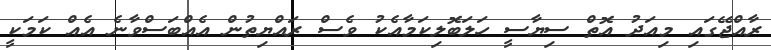
ރާއްޖޭގައި މިއަދު އޮތް ސިޔާސީ ހަލަބޮލިކަމާއެކު ވެސް ރައްޔިތުން އެއްބަސްވާނެ އެއް ކަމަކީ